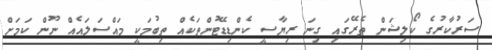
ސަރުކާރުގެ ކޯލިޝަން ތެރޭގައި ގިނަ ރިޔާސީ ކެންޑިޑޭޓުންތަކެއް ތިބުމަކީ މައްސަލައެއް ނޫން ކަމަށް